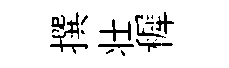
撰壮穉